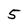
Character: 5